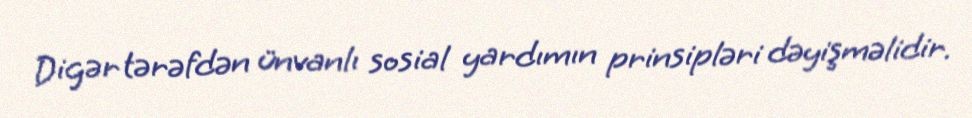
Digər tərəfdən ünvanlı sosial yardımın prinsipləri dəyişməlidir.